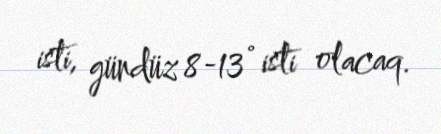
isti, gündüz 8-13° isti olacaq.